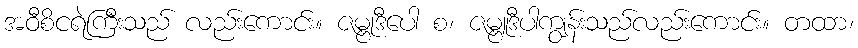
အဝီစိငရဲကြီးသည် လည်းကောင်း။ ဇမ္ဗုဒီပေါ စ၊ ဇမ္ဗူဒီပါကျွန်းသည်လည်းကောင်း။ တထာ၊